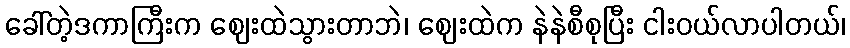
ခေါ်တဲ့ဒကာကြီးက ဈေးထဲသွားတာဘဲ၊ ဈေးထဲက နဲနဲစီစုပြီး ငါးဝယ်လာပါတယ်၊